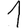
Digit: 1